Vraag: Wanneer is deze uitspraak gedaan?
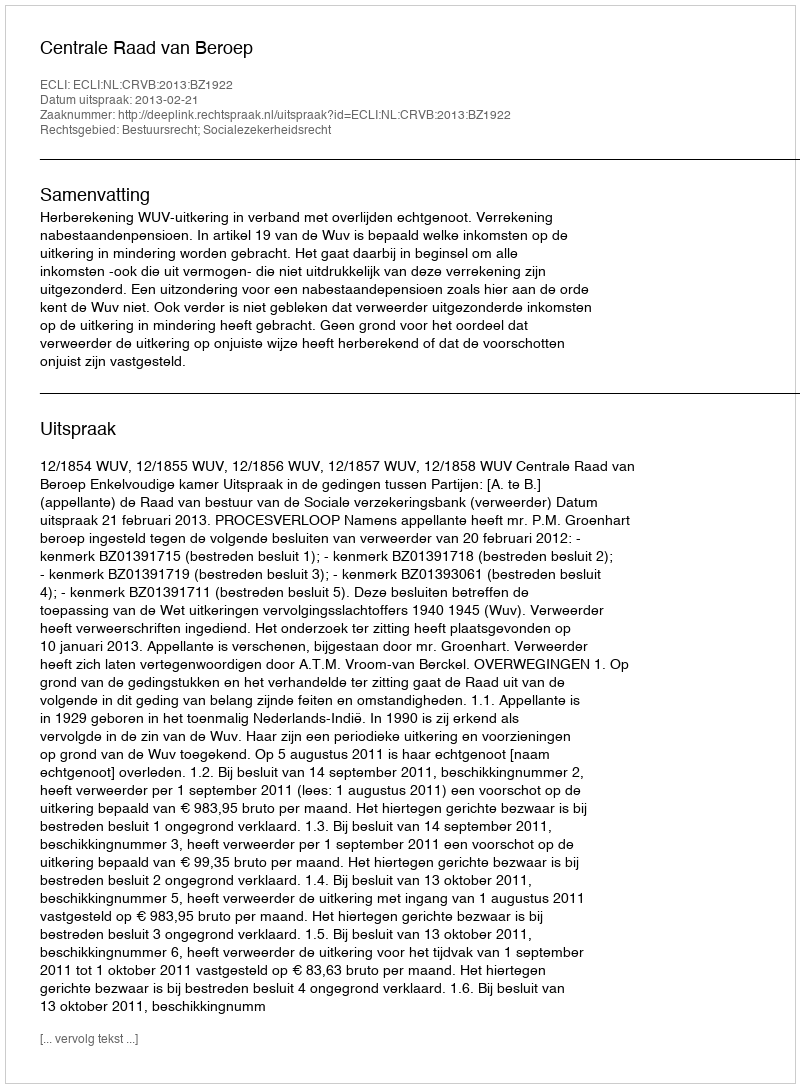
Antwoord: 2013-02-21